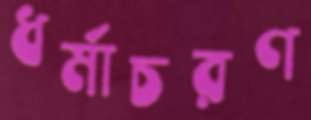
ধর্মাচরণ